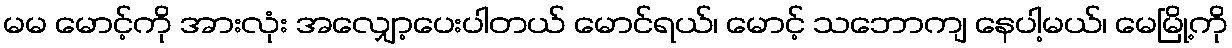
မမ မောင့်ကို အားလုံး အလျှော့ပေးပါတယ် မောင်ရယ်၊ မောင့် သဘောကျ နေပါ့မယ်၊ မေမြို့ကို